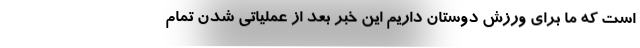
است که ما برای ورزش دوستان داریم این خبر بعد از عملیاتی شدن تمام